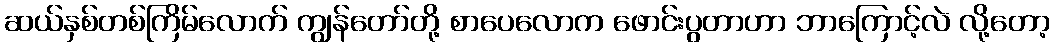
ဆယ်နှစ်တစ်ကြိမ်လောက် ကျွန်တော်တို့ စာပေလောက ဖောင်းပွတာဟာ ဘာကြောင့်လဲ လို့တော့